Annual report of the Prince of Wales Medical College, Patna
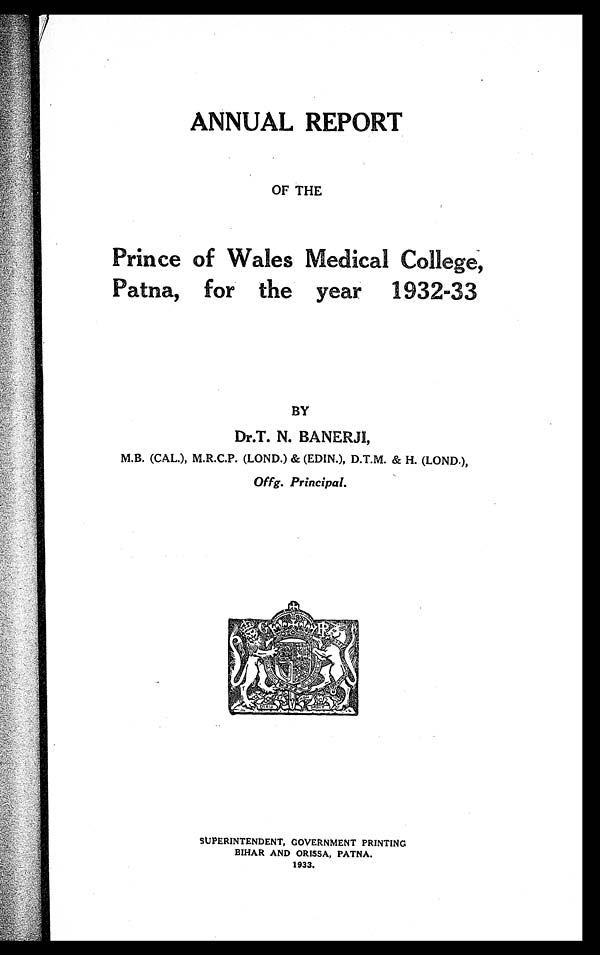
ANNUAL REPORT
OF THE
Prince of Wales Medical College,
Patna, for the year 1932-33
BY
Dr.T. N. BANERJI,
M.B. (CAL.), M.R.C.P. (LOND.) & (EDIN.), D.T.M. & H. (LOND.),
Offg. Principal.
SUPERINTENDENT, GOVERNMENT PRINTING
BIHAR AND ORISSA, PATNA.
1933.